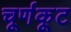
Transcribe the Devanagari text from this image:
चूर्णकूट